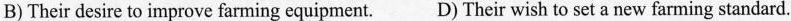
B)Their desire to improve farming equipment. D)Their wish to set a new farming standard.